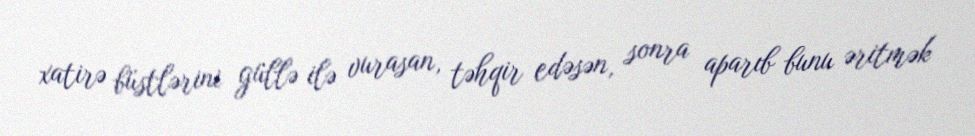
xatirə büstlərini güllə ilə vurasan, təhqir edəsən, sonra aparıb bunu əritmək